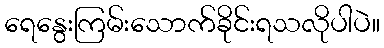
ရေနွေးကြမ်းသောက်ခိုင်းရသလိုပါပဲ။